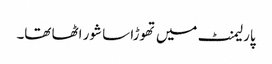
پارلیمنٹ میں تھوڑا سا شور اٹھا تھا۔